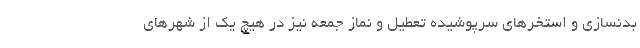
بدنسازی و استخرهای سرپوشیده تعطیل و نماز جمعه نیز در هیچ یک از شهرهای